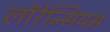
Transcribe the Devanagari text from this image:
लॉरेन्सियम